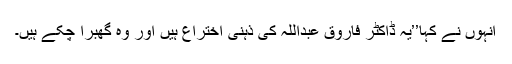
انہوں نے کہا’’یہ ڈاکٹر فاروق عبداللہ کی ذہنی اختراع ہیں اور وہ گھبرا چکے ہیں۔